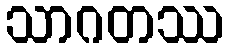
သာဂတဿ